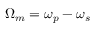
\Omega _ { m } = \omega _ { p } - \omega _ { s }